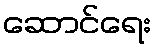
ဆောင်ရေး